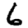
Digit: 6